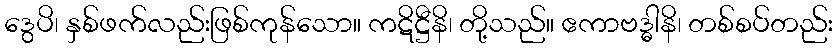
ဒွေပိ၊ နှစ်ဖက်လည်းဖြစ်ကုန်သော။ ကဋိဋ္ဌီနိ၊ တို့သည်။ ဧကာဗဒ္ဓါနိ၊ တစ်စပ်တည်း